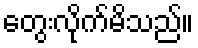
တွေးလိုက်မိသည်။